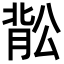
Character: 𬛉